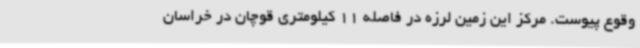
وقوع پیوست. مرکز این زمین لرزه در فاصله 11 کیلومتری قوچان در خراسان